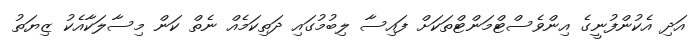
އަދި އެކުންފުނީގެ އިންވެސްޓްމަންޓްތަކަށް ފައިސާ ލިބުމުގައި ދަތިކަމެއް ނެތް ކަން މިސާލަކާއެކު ޒިޔަތު